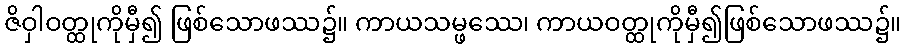
ဇိဝှါဝတ္ထုကိုမှီ၍ ဖြစ်သောဖဿ၌။ ကာယသမ္ဖဿေ၊ ကာယဝတ္ထုကိုမှီ၍ဖြစ်သောဖဿ၌။